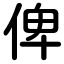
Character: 俾